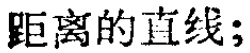
距离的直线;